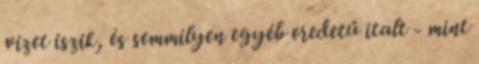
vizet iszik, és semmilyen egyéb eredetű italt - mint